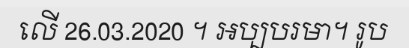
លើ 26.03.2020 ។ អប្បបរមា។ រូប